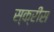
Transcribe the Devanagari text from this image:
स्क्रींस